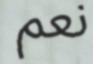
نعم